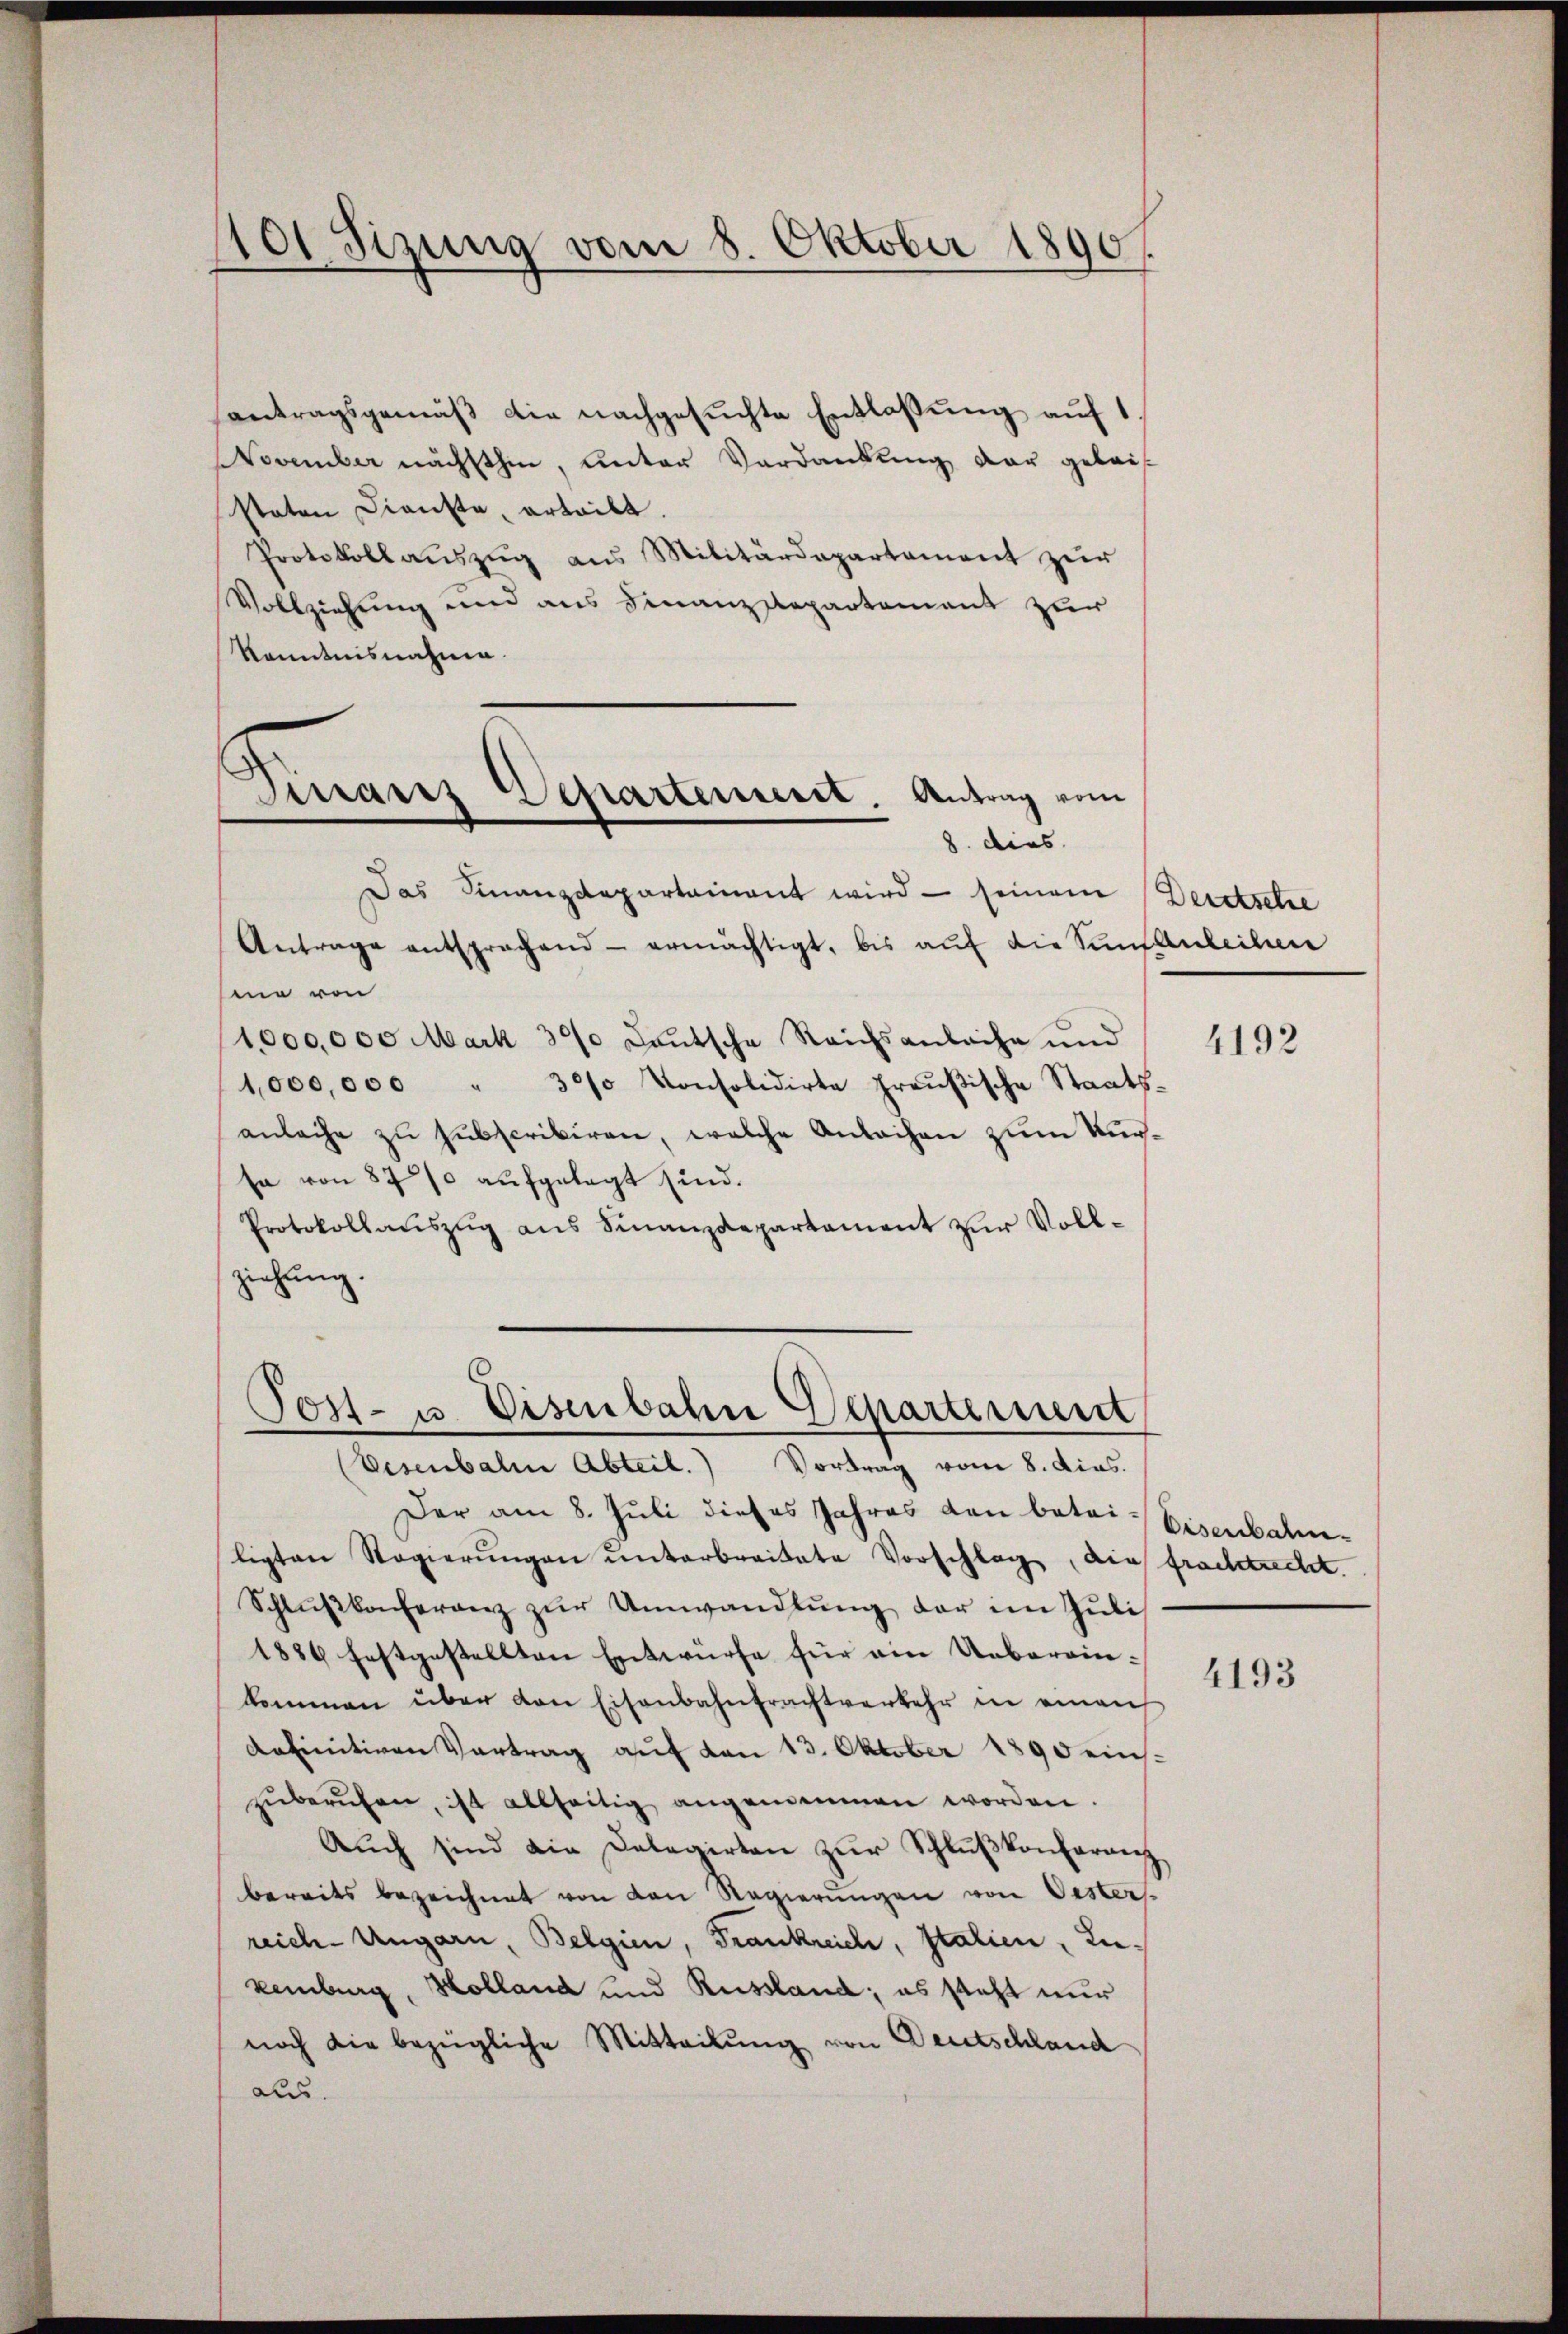
1101 Sizung vom 8. Oktober 1890.

Finanz Departement. Antrag vom
8. dies

antragsgemäß die nachgesuchte Entlassung auf 1
November nächsthin, unter Verdankung der geleis
staten Dienste, erteilt.
Protokollaŭszŭg ans Militärdepartament zŭr
Vollziehung und aus Finanzdepartement zur
Kenntnisnahme.
Das Finanzdepartainant wird - seinem Deretsche
Antrage entsprachend ermächtigt, bis aŭf die Sünfauleihun
me von
1,000,000 Mark 390 deutsche Reichsanbache und
1,000,000 " 3000 konsolidirte freŭβische Staats-
anlache zu subscribiren, welche Anleihen zum Kursa von 870 aufgelegt sind.
Protokollauszug aus Finanzdepartement zur Vollziehung.

Post- u. Eisenbahn Departement
Visenbalme Abteil. Vortrag vom 8. dies.

Der am 8. Juli dieses Jahres dan batai-Eisenbahnligten Regierŭngen unterbreitete Vorschlag, die frachtrecht.
Schlŭβkonferenz zŭr Umwandlŭng der im Juli
1884 festgestellten Entwürfe für ein Uebereinkommen über den Eisenbahntrachtverkehr in einen
definitiven Vertrag auf von 13. Oktober 1890 eins-
zŭberŭfen, ist allseitig angemeinen worden.
Aŭch sind die Delegirten zŭr Schlŭβkonferenz
bereits bezeichnet von den Regierŭngen von Oesters
reich-Ungarn, Belgien, Frankreich, Italien, Liekeiburg, Holland und Russland; es steht nur
noch die bezügliche Mitteilung von Deutschland
aus.

4192

4193